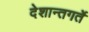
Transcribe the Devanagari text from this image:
देशान्तगर्ते